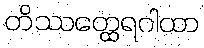
တိဿတ္ထေရဂါထာ